Insane asylums Bombay 1873-77 - 1873-1877
Year: 1873
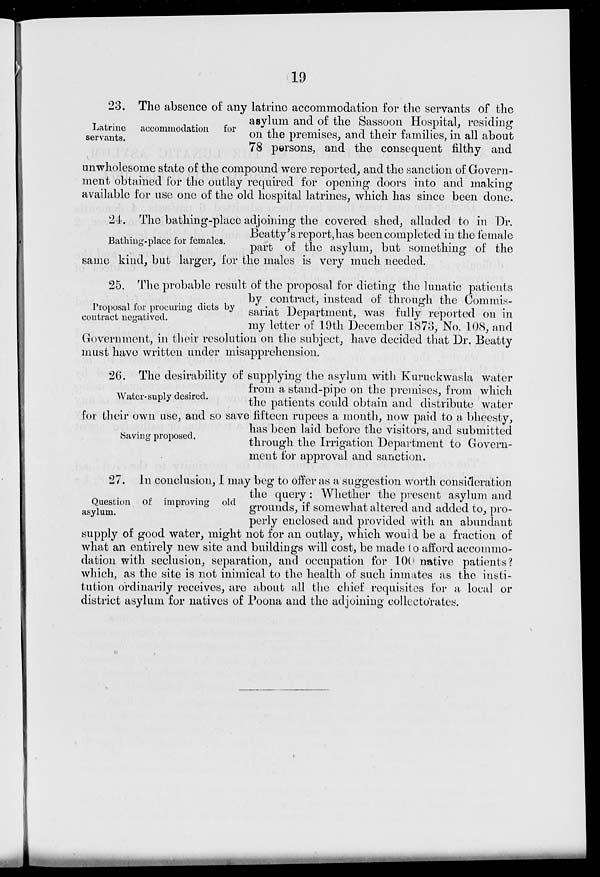
19
Latrine accommodation for
servants.
23. The absence of any latrine accommodation for the servants of the
asylum and of the Sassoon Hospital, residing
on the premises, and their families, in all about
78 persons, and the consequent filthy and
unwholesome state of the compound were reported, and the sanction of Govern-
ment obtained for the outlay required for opening doors into and making
available for use one of the old hospital latrines, which has since been done.
Bathing-place for females.
24. The bathing-place adjoining the covered shed, alluded to in Dr.
Beatty's report,has been completed in the female
part of the asylum, but something of the
same kind, but larger, for the males is very much needed.
Proposal for procuring diets by
contract negatived.
25. The probable result of the proposal for dieting the lunatic patients
by contract, instead of through the Commis-
sariat Department, was fully reported on in
my letter of 19th December 1873, No. 108, and
Government, in their resolution on the subject, have decided that Dr. Beatty
must have written under misapprehension.
Water-suply desired.
Saving proposed.
26. The desirability of supplying the asylum with Kuruckwasla water
from a stand-pipe on the premises, from which
the patients could obtain and distribute water
for their own use, and so save fifteen rupees a month, now paid to a bheesty,
has been laid before the visitors, and submitted
through the Irrigation Department to Govern-
ment for approval and sanction.
Question of improving old
asylum.
27. In conclusion, I may beg to offer as a suggestion worth consideration
the query: Whether the present asylum and
grounds, if somewhat altered and added to, pro-
perly enclosed and provided with an abundant
supply of good water, might not for an outlay, which would be a fraction of
what an entirely new site and buildings will cost, be made to afford accommo-
dation with seclusion, separation, and occupation for 100 native patients?
which, as the site is not inimical to the health of such inmates as the insti-
tution ordinarily receives, are about all the chief requisites for a local or
district asylum for natives of Poona and the adjoining collectorates.